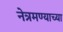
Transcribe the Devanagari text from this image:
नेत्रमण्याच्या